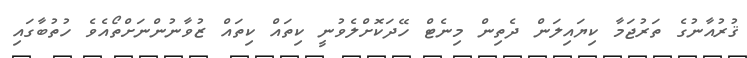
ޤުރުއާނުގެ ތަރުޖަމާ ކިޔައިލަން ދެތިން މިނެޓް ހޭދަކޮށްލެވުނީ ކިތައް ކިތައް ޒުވާނުންނަށްތޯއެވެ ހުތުބާގައި